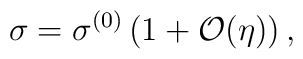
\sigma= \sigma^{(0)} \left(1+ {\cal O}(\eta) \right),